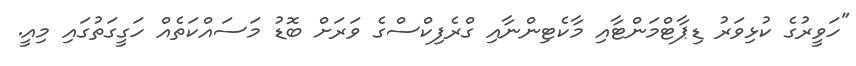
"ހަވީރުގެ ކުޅިވަރު ޑިޕާޓްމަންޓާއި މާކެޓިންނާއި ގްރެފިކްސްގެ ވަރަށް ބޮޑު މަސައްކަތެއް ހަގީގަތުގައި މިއީ.